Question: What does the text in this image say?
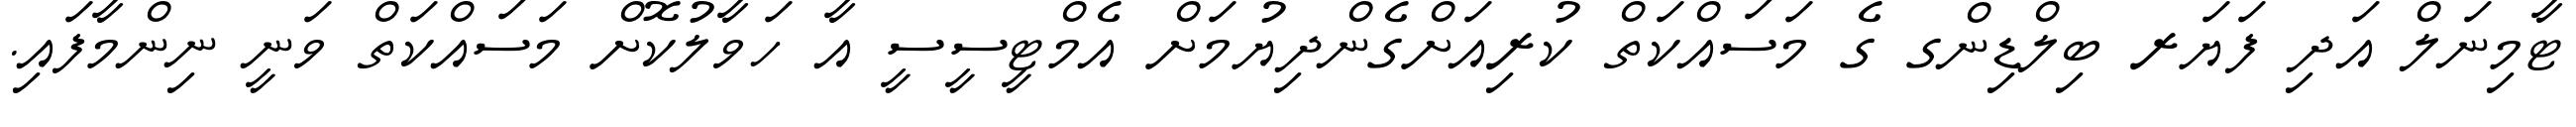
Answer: ޓާމިނަލް އަދި ފަޔަރ ބިލްޑިންގ ގެ މަސައްކަތް ކުރިއަށްގެންދިޔުމަށް އެމްޓީސީސީ އާ ހަވާލުކޮށް މަސައްކަތް ވަނީ ނިންމާފައި.